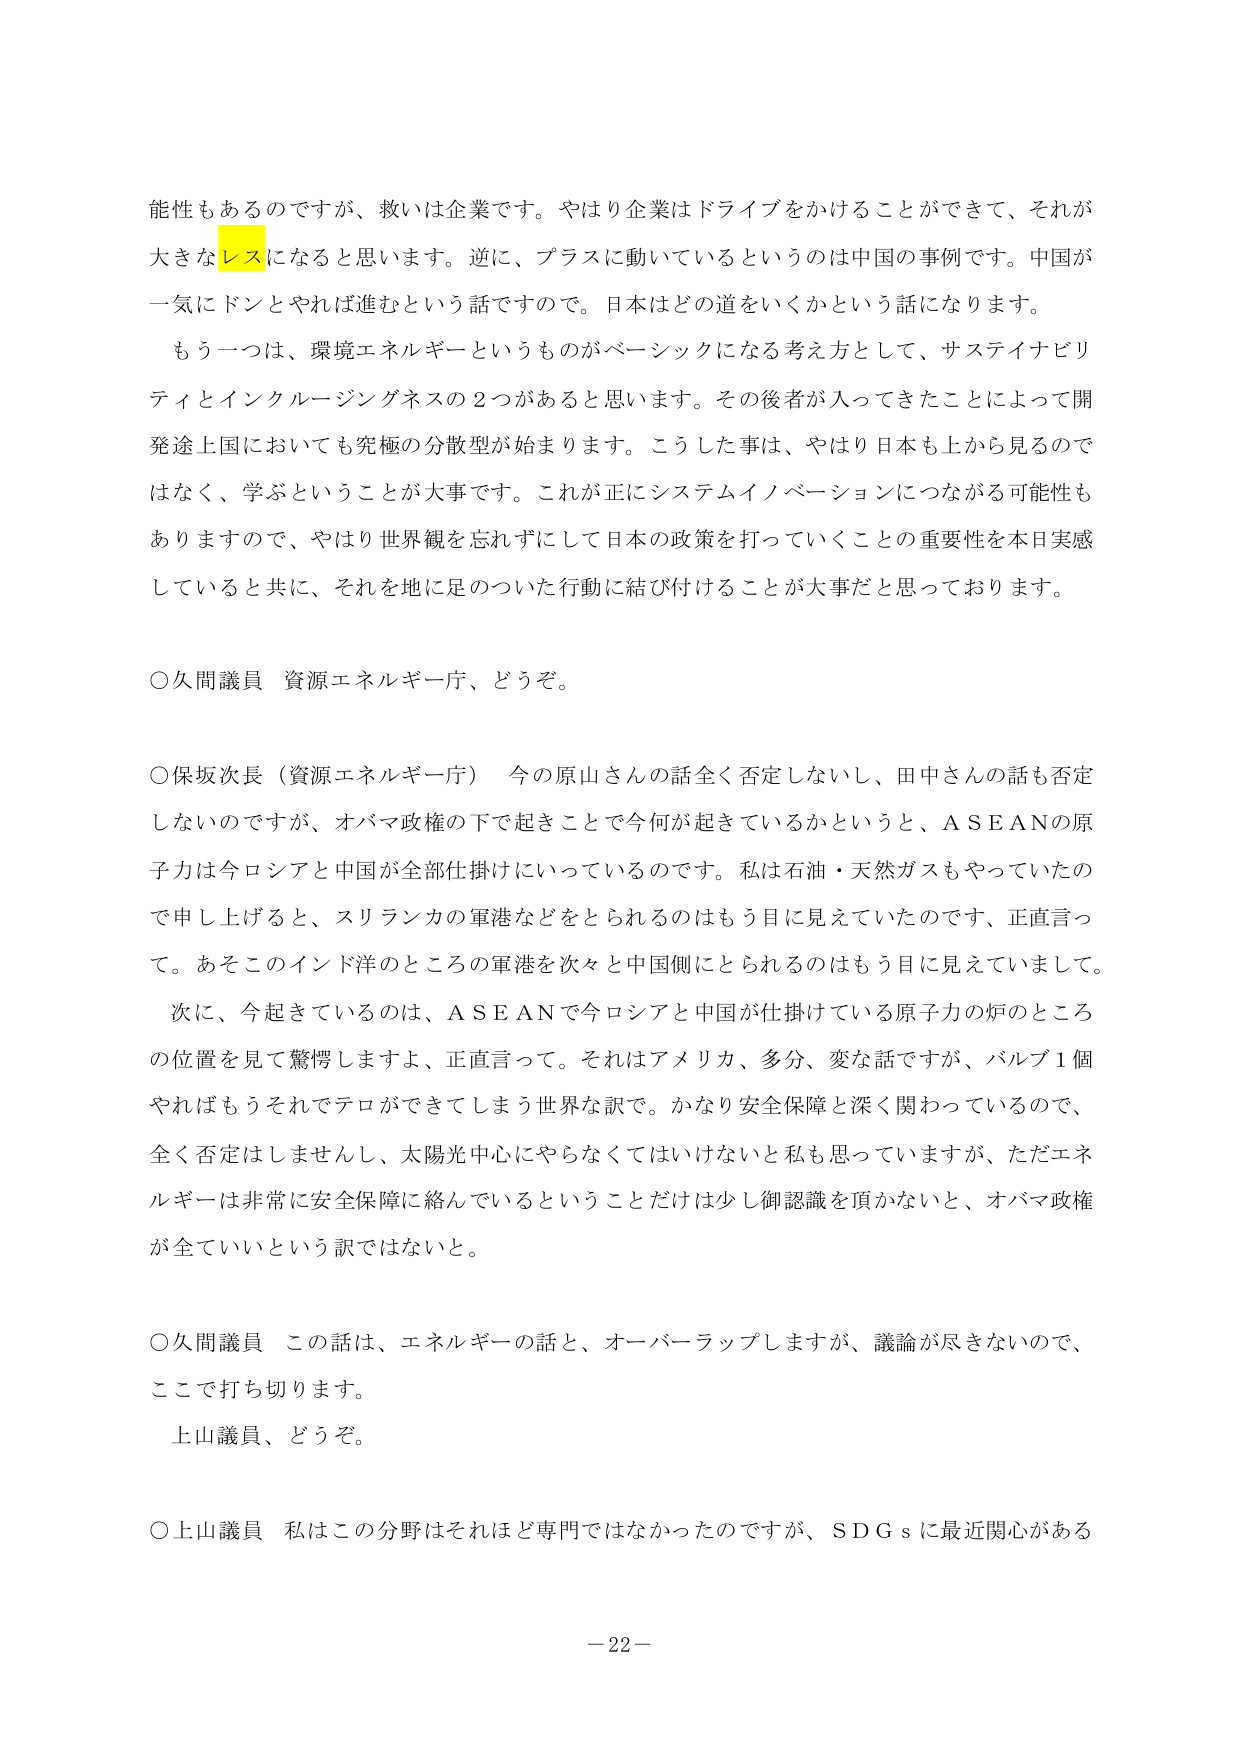
可能性もあるのですが、救いは企業です。やはり企業はドライブをかけることができて、それが大きなレスになると思います。逆に、プラスに動いているというのは中国の事例です。中国が一気にドンとやれば進むという話ですので。日本はどの道をいくかという話になります。

もう一つは、環境エネルギーというものがベーシックになる考え方として、サステイナビリティとインクルージングネスの2つがあると思います。その後者が入ってきたことによって開発途上国においても究極の分散型が始まります。こうした事は、やはり日本も上から見るのではなく、学ぶということが大事です。これが正にシステムイノベーションにつながる可能性もありますので、やはり世界観を忘れずにして日本の政策を打っていくことの重要性を本日実感していると共に、それを地に足のついた行動に結び付けることが大事だと思っております。

○久間議員 資源エネルギー庁、どうぞ。

○保坂次長（資源エネルギー庁） 今の原山さんの話全く否定しないし、田中さんの話も否定しないのですが、オバマ政権の下で起きてきて今何が起きているかというと、ＡＳＥＡＮの原子力は今ロシアと中国が全部仕掛けにいっているのです。私は石油・天然ガスもやっていたので申し上げると、スリランカの軍港などをとられるのはもう目に見えていたのです、正直言って。あそこのインド洋のところの軍港を次々と中国側にとられるのはもう目に見えていまして。

次に、今起きているのは、ＡＳＥＡＮで今ロシアと中国が仕掛けている原子力の炉のところの位置を見て驚愕しますよ、正直言って。それはアメリカ、多分、変な話ですが、バルブ1個やればもうそれでテロができてしまう世界な訳で。かなり安全保障と深く関わっているので、全く否定はしませんし、太陽光中心にやらなくてはいけないとも思っていますが、ただエネルギーは非常に安全保障に絡んでいるということだけは少し御認識を頂かないと、オバマ政権が全ていいという訳ではないと。

○久間議員 この話は、エネルギーの話と、オーバーラップしますが、議論が尽きないので、ここで打ち切ります。

上山議員、どうぞ。

○上山議員 私はこの分野はそれほど専門ではなかったのですが、ＳＤＧｓに最近関心がある

－22－